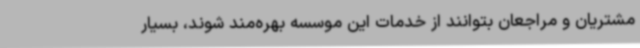
مشتریان و مراجعان بتوانند از خدمات این موسسه بهره‌مند شوند، بسیار